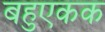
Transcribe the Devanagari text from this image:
बहुएकक